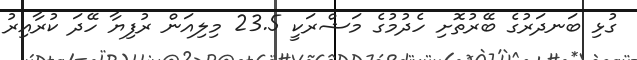
ގުޅި ބަނދަރުގެ ބޭރުތޮށި ހެދުމުގެ މަޝްރަކީ 23.5 މިލިއަން ރުފިޔާ ހޭދަ ކުރާއިރު